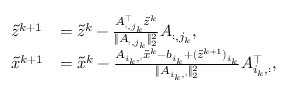
\begin{array} { l l } { \tilde { z } ^ { k + 1 } } & { = \tilde { z } ^ { k } - \frac { A _ { : , j _ { k } } ^ { \top } \tilde { z } ^ { k } } { \| A _ { : , j _ { k } } \| _ { 2 } ^ { 2 } } A _ { : , j _ { k } } , } \\ { \tilde { x } ^ { k + 1 } } & { = \tilde { x } ^ { k } - \frac { A _ { i _ { k } , : } \tilde { x } ^ { k } - b _ { i _ { k } } + ( \tilde { z } ^ { k + 1 } ) _ { i _ { k } } } { \| A _ { i _ { k } , : } \| _ { 2 } ^ { 2 } } A _ { i _ { k } , : } ^ { \top } , } \end{array}